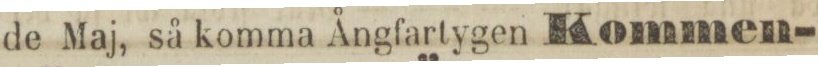
de Maj, så komma Ångfartygen Kommen-